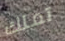
تملك